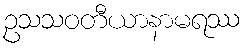
ဥသသဝတီယာနာမရဿ